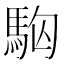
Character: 𩢛